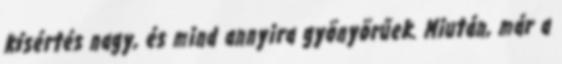
kísértés nagy, és mind annyira gyönyörűek. Miután, már a